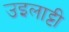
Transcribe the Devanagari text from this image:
उइलाट्टी